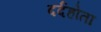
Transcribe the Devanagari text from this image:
दर्दहोता